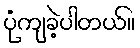
ပုံကျခဲ့ပါတယ်။